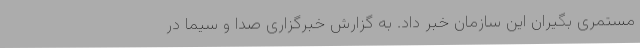
مستمری بگیران این سازمان خبر داد. به گزارش خبرگزاری صدا و سیما در